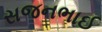
સજનભાઈ